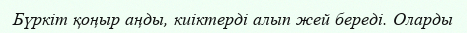
Бүркіт қоңыр аңды, киіктерді алып жей береді. Оларды